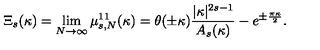
\Xi _ { s } ( \kappa ) = \lim _ { N \to \infty } \mu _ { s , N } ^ { 1 1 } ( \kappa ) = \theta ( \pm \kappa ) \frac { | \kappa | ^ { 2 s - 1 } } { A _ { s } ( \kappa ) } - e ^ { \pm \frac { \pi \kappa } { 2 } } .